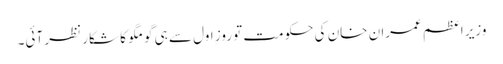
وزیر اعظم عمران خان کی حکومت تو روزِ اول سے ہی گومگو کا شکار نظر آئی۔